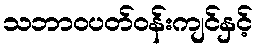
သဘာဝပတ်ဝန်းကျင်နှင့်